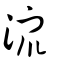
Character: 潨